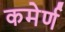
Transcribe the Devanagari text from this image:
कमेर्ण